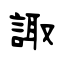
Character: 諏